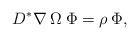
LaTeX: \begin{align*}D^* \nabla \: \Omega \: \Phi = \rho \: \Phi,\end{align*}